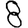
Digit: 8